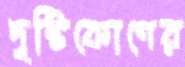
দৃষ্টিকোণের